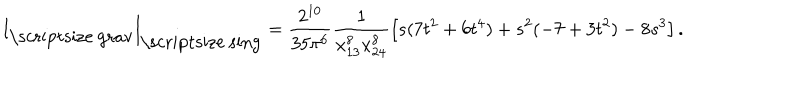
\left. I _ { \mathrm { \scriptsize ~ g r a v } } \right| _ { \mathrm { \scriptsize ~ s i n g } } = \frac { 2 ^ { 1 0 } } { 3 5 \pi ^ { 6 } } \frac { 1 } { x _ { 1 3 } ^ { 8 } x _ { 2 4 } ^ { 8 } } \left[ s ( 7 t ^ { 2 } + 6 t ^ { 4 } ) + s ^ { 2 } ( - 7 + 3 t ^ { 2 } ) - 8 s ^ { 3 } \right] .